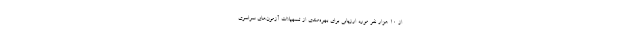
از ۱۰ هزار نفر مورد ارزیابی برای بهره‌مندی از تسهیلات آزمون‌های سراسری